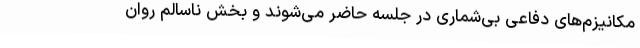
مکانیزم‌های دفاعی بی‌شماری در جلسه حاضر می‌شوند و بخش ناسالم روان